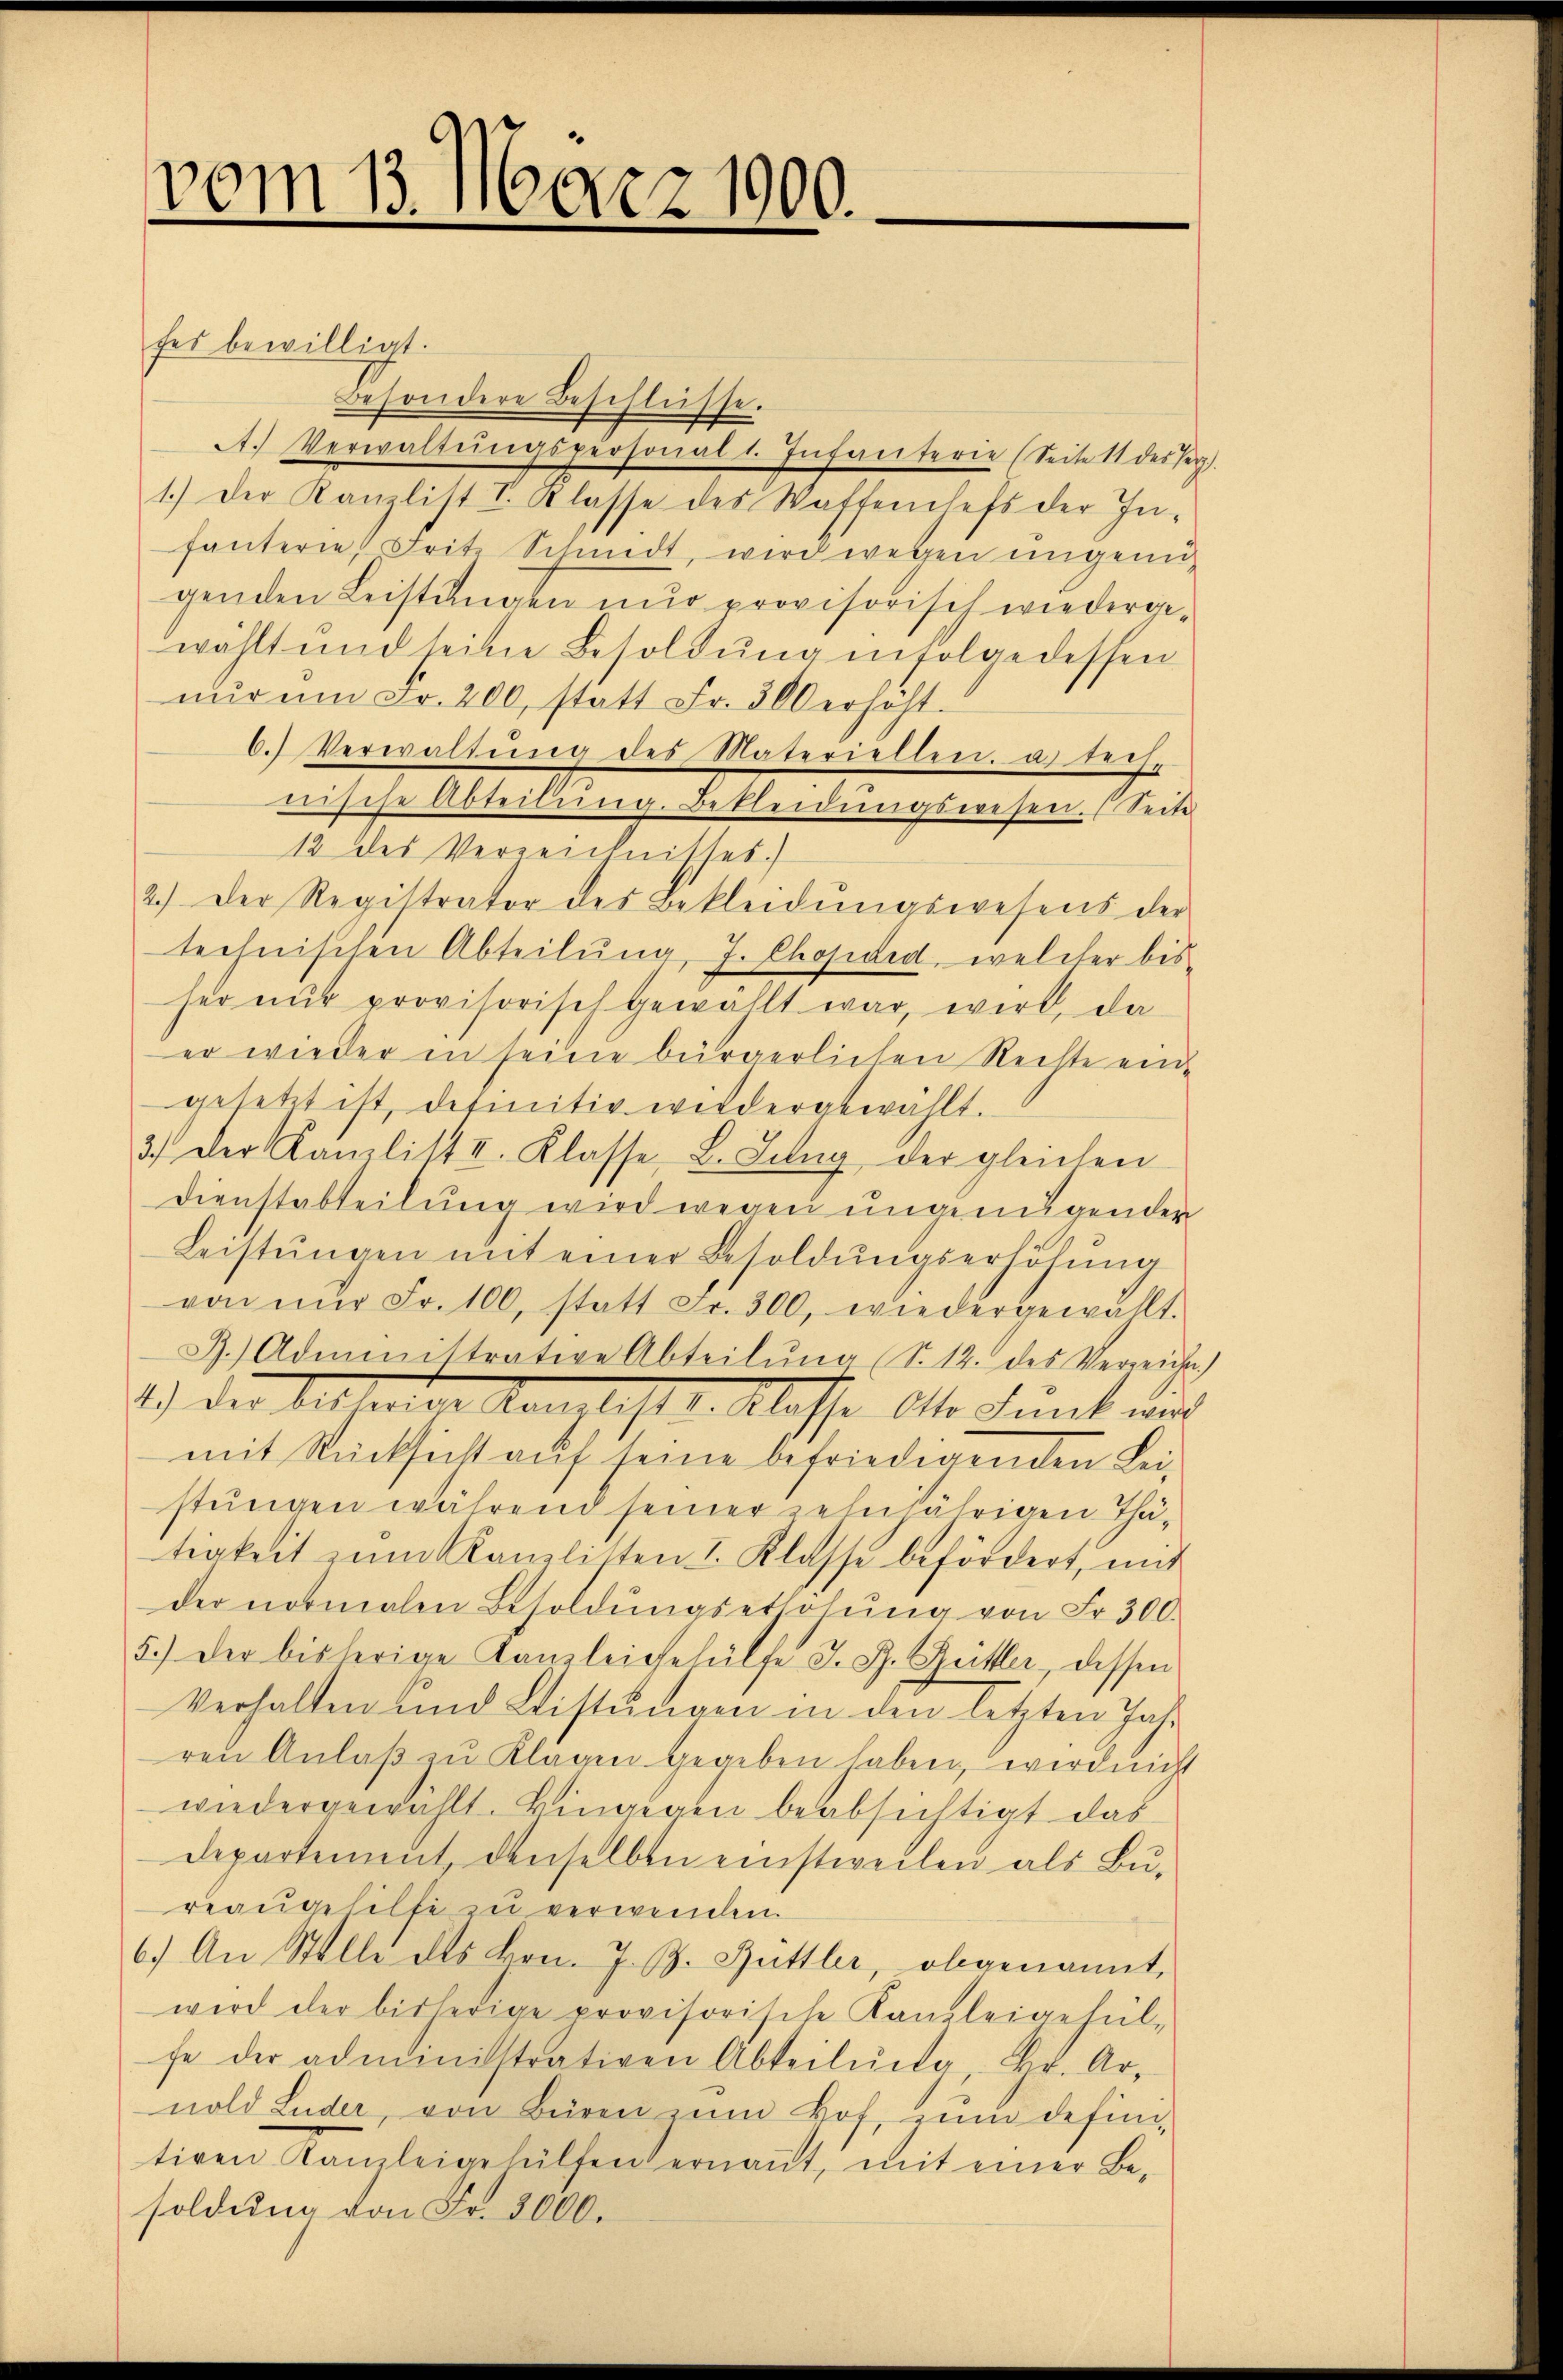
vom 13. März 1900.
e

fes bewilligt.
besondere Beschlüsse.
A. Verwaltŭngspersonalt. Infanterie (Seite 11 des Herz.
1.) Der Kanzlist I. Klasse des Waffenhefs der In-
fanterie, Frite Schmidt, wird wegen ungenügenden Leistungen nur provisorisch wiedergewählt und seine Besoldŭng infolge dessen
nŭr ŭm Fr. 200, statt Fr. 300 erhöht.
6. Verwaltŭng des Materiellen. a. Rech-
nische Abteilŭng. Bekleidŭngswesen. (Seite
12 des Verzeichnisses.
2.) Der Registrator des Bekleidŭngswesens der
technischen Abteilung, J. Chopded, welcher bis
her nŭr provisorisch gewählt war, wird, da
er wieder in seine bürgerlichen Rechte eingesetzt ist, definitiv wiedergewählt.
3.) Der Kamlitt II. Klasse L. Jung der gleichen
Dienstabteilung wird wegen ungenügender
Leistŭngen mit einer Besoldŭngserhöhŭng
von nŭr Fr. 100, statt Fr. 300, wiedergewählt.
J. Administrative Abteilŭng (S. 12. des Verreiche)
1.) Der Sittenten Kanzlist d. Klasse. Also dant und
mit Rücksicht auf seine befriedigenden Leistungen während seiner zehnjährigen Thätigkeit zŭm Kanzlisten I. Klasse befördert, mit
der normalen Besoldŭngsethöhŭng von Fr. 300.
5.) Der bisherige Kanzleigehülfe J. R. Zeittler, dessen
Verhalten und Leistŭngen in den letzten Jahr
ren Anlaβ zŭ Klagen gegeben haben, wird nicht
wiedergewählt. Bingegen beabsichtigt das
departement, denselben einstweilen als Bu-
reaugehilfe zu verwenden.
6.) An Stelle des Hrn. J. J. Hüttler, obgenannt,
wird der bisherige provisorische Kanzleigehül-
fe der administrativen Abteilŭng, Hr. Ar-
nold Luder, von Büren zum Hof, zum definitiven Kanzleigehülfen ernannt, mit einer Besoldung von Fr. 3000.